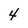
Character: 4